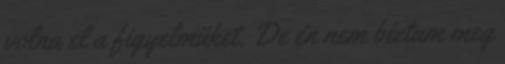
volna el a figyelmüket. De én nem bíztam meg